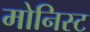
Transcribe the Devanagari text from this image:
मोनिस्ट